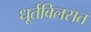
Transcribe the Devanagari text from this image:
धूर्तविलसत